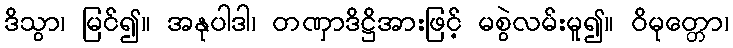
ဒိသွာ၊ မြင်၍။ အနုပါဒါ၊ တဏှာဒိဋ္ဌိအားဖြင့် မစွဲလမ်းမူ၍။ ဝိမုတ္တော၊